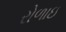
રોળાઇ